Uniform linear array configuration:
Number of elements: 64
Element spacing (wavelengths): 0.5
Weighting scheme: exponential
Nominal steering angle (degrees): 15
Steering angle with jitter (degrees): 13.926
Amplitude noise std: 0.05
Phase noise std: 0.05

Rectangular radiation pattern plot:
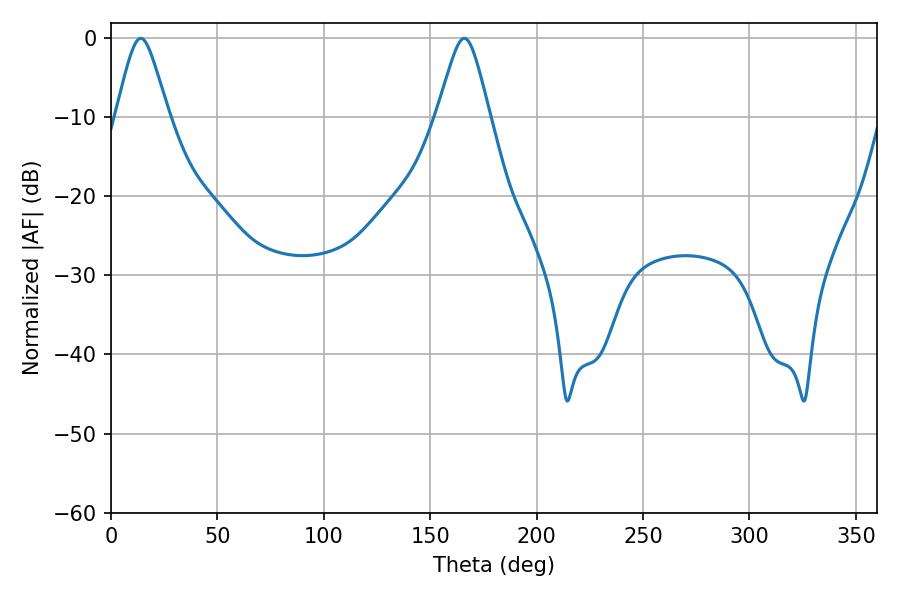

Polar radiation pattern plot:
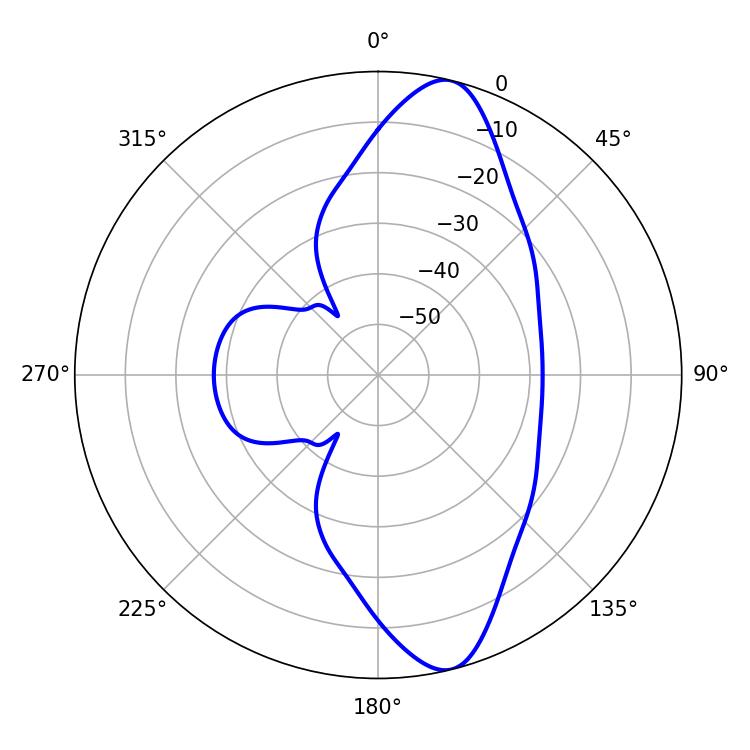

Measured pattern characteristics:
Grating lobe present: FALSE
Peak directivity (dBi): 11.868
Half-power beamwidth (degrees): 11.7
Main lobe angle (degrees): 14.04